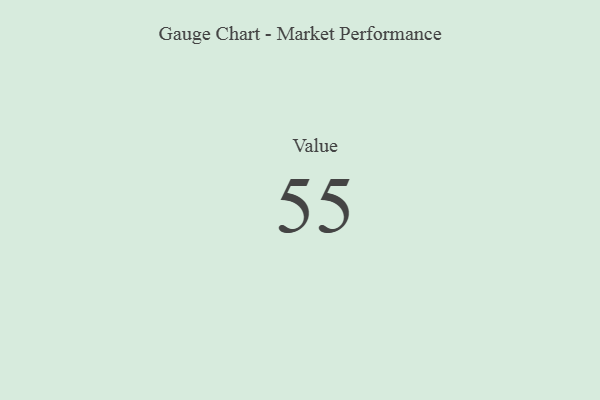
{"axis": {"x": "Metric", "y": "Value"}, "legend": [""], "data": [{"x": "Value", "y": 55, "type": ""}]}